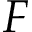
F